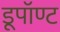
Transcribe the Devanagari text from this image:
डूपॉण्ट